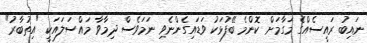
ނައިބު ރައީސެއްގެ މަގާމަށް ކޮންމެ ބޭފުޅަކު ވަޑައިގެންނެވި ނަމަވެސް ދިމާވާ މައްސަލައަކީ "އިތުބާރު"